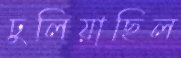
ঢুলিয়াছিল